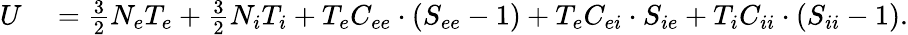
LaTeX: \begin{array}{rl}{U}&{{}=\frac{3}{2}N_{e}T_{e}+\frac{3}{2}N_{i}T_{i}+T_{e}C_{ee}\cdot(S_{ee}-1)+T_{e}C_{ei}\cdot S_{ie}+T_{i}C_{ii}\cdot(S_{ii}-1).}\end{array}